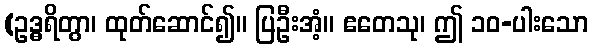
(ဥဒ္ဓရိတွာ၊ ထုတ်ဆောင်၍။ ပြဦးအံ့။ ဧတေသု၊ ဤ ၁၀-ပါးသော